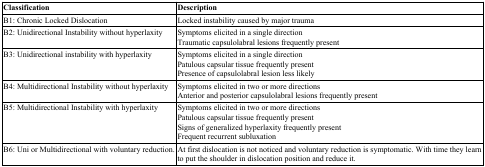
<table><thead><tr><td><b>Classification</b></td><td><b>Description</b></td></tr></thead><tbody><tr><td>B1: Chronic Locked Dislocation</td><td>Locked instability caused by major trauma</td></tr><tr><td>B2: Unidirectional Instability without hyperlaxity</td><td>Symptoms elicited in a single directionTraumatic capsulolabral lesions frequently present</td></tr><tr><td>B3: Unidirectional instability with hyperlaxity</td><td>Symptoms elicited in a single directionPatulous capsular tissue frequently presentPresence of capsulolabral lesion less likely</td></tr><tr><td>B4: Multidirectional Instability without hyperlaxity</td><td>Symptoms elicited in two or more directionsAnterior and posterior capsulolabral lesions frequently present</td></tr><tr><td>B5: Multidirectional Instability with hyperlaxity</td><td>Symptoms elicited in two or more directionsPatulous capsular tissue frequently presentSigns of generalized hyperlaxity frequently presentFrequent recurrent subluxation</td></tr><tr><td>B6: Uni or Multidirectional with voluntary reduction.</td><td>At first dislocation is not noticed and voluntary reduction is symptomatic. With time they learn to put the shoulder in dislocation position and reduce it.</td></tr></tbody></table>